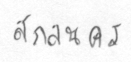
สกลนคร